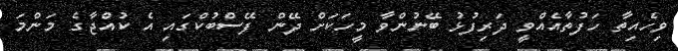
ވިހެއިތާ ހަފުތާއެއްވީ ދަރިފުޅު ބޭނުންވާ މީހަކަށް ދޭން ފޭސްބުކްގައި އެ ކުއްޖާގެ މަންމަ